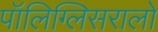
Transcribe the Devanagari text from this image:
पॉलिग्लिसरालों